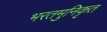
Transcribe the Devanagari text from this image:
भरतमुनिकृत